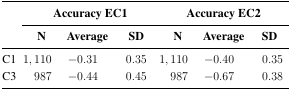
<table><thead><tr><td rowspan="3"></td><td colspan="3"><b>Accuracy EC1</b></td><td colspan="3"><b>Accuracy EC2</b></td></tr><tr><td><b>N</b></td><td><b>Average</b></td><td><b>SD</b></td><td><b>N</b></td><td><b>Average</b></td><td><b>SD</b></td></tr></thead><tbody><tr><td>C1</td><td>1,110</td><td>−0.31</td><td>0.35</td><td>1,110</td><td>−0.40</td><td>0.35</td></tr><tr><td>C3</td><td>987</td><td>−0.44</td><td>0.45</td><td>987</td><td>−0.67</td><td>0.38</td></tr></tbody></table>